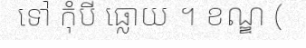
ទៅ កុំបី ធ្លោយ ។ ខណ្ឌ (